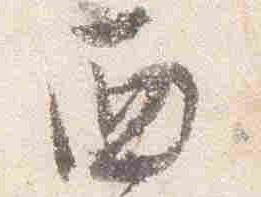
西